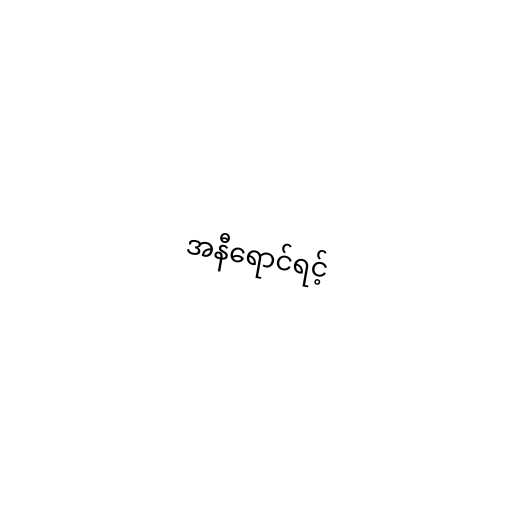
အနီရောင်ရင့်